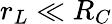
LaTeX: r_{L}\ll R_{C}